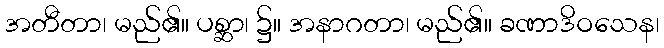
အတီတာ၊ မည်၏။ ပစ္ဆာ၊ ၌။ အနာဂတာ၊ မည်၏။ ခဏာဒိဝသေန၊